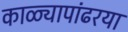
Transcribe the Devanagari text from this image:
काळ्यापांढरया